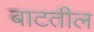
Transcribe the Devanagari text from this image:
बाटतील